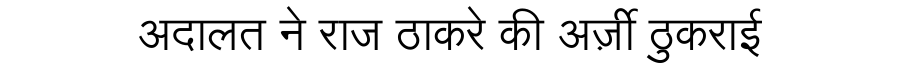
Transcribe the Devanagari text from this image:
अदालत ने राज ठाकरे की अर्ज़ी ठुकराई